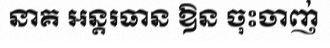
នាគ អន្តរធាន ឱន ចុះចាញ់